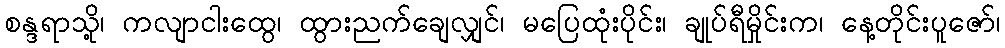
စန္ဒရာသို့၊ ကလျာငါးထွေ၊ ထွားညက်ချေလျှင်၊ မပြေထုံးပိုင်း၊ ချုပ်ရီမှိုင်းက၊ နေ့တိုင်းပူဇော်၊